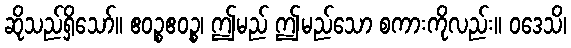
ဆိုသည်ရှိသော်။ ဧဝဉ္စဧဝဉ္စ၊ ဤမည် ဤမည်သော စကားကိုလည်း။ ဝဒေသိ၊